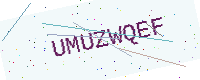
Text: UMUZWQEF